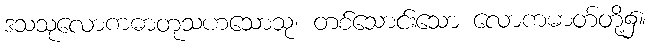
ဒသသုလောကဓာတုသဟသောသု၊ တစ်သောင်းသော လောကဓာတ်တို့၌။